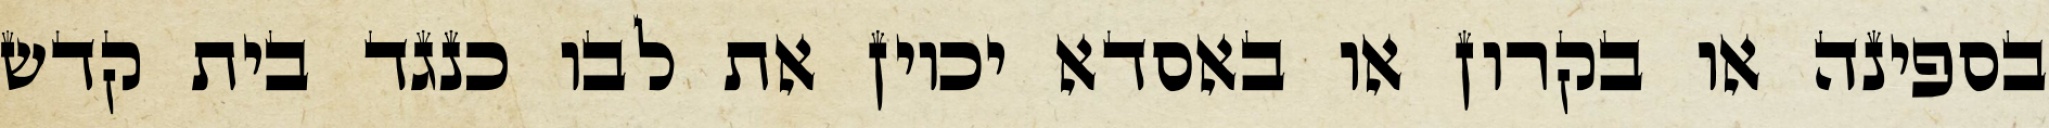
בספינה או בקרון או באסדא יכוין את לבו כנגד בית קדש